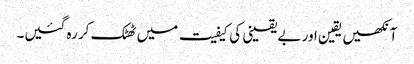
آنکھیں یقین اور بے یقینی کی کیفیت میں ٹھٹک کر رہ گئیں۔